Vaccination in Bombay 1869-1873 - 1869-1873
Year: 1869
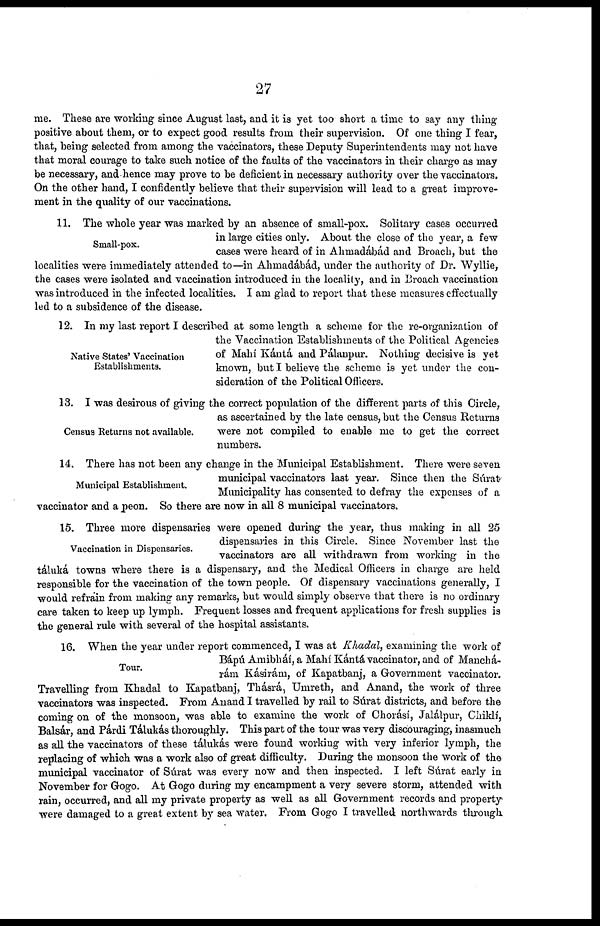
27
me. These are working since August last, and it is yet too short a time to say any thing-
positive about them, or to expect good results from their supervision. Of one thing I fear,
that, being selected from among the vaccinators, these Deputy Superintendents may not have
that moral courage to take such notice of the faults of the vaccinators in their charge as may
be necessary, and hence may prove to be deficient in necessary authority over the vaccinators.
On the other hand, I confidently believe that their supervision will lead to a great improve-
ment in the quality of our vaccinations.
Small-pox.
11. The whole year was marked by an absence of small-pox. Solitary cases occurred
in large cities only. About the close of the year, a few
cases were heard of in Ahmadábád and Broach, but the
localities were immediately attended to—in Ahmadábád, under the authority of Dr. Wyllie,
the cases were isolated and vaccination introduced in the locality, and in Broach vaccination
was introduced in the infected localities. I am glad to report that these measures effectually
led to a subsidence of the disease.
Native States' Vaccination
Establishments.
12. In my last report I described at some length a scheme for the re-organization of
the Vaccination Establishments of the Political Agencies
of Mahí Kántá and Pálanpur. Nothing decisive is yet
known, but I believe the scheme is yet under the con-
sideration of the Political Officers.
Census Returns not available.
13. I was desirous of giving the correct population of the different parts of this Circle,
as ascertained by the late census, but the Census Returns
were not compiled to enable me to get the correct
numbers.
Municipal Establishment.
14. There has not been any change in the Municipal Establishment. There were seven
municipal vaccinators last year. Since then the Súrat
Municipality has consented to defray the expenses of a
vaccinator and a peon. So there are now in all 8 municipal vaccinators.
Vaccination in Dispensaries.
15. Three more dispensaries were opened during the year, thus making in all 25
dispensaries in this Circle. Since November last the
vaccinators are all withdrawn from working in the
táluká towns where there is a dispensary, and the Medical Officers in charge are held
responsible for the vaccination of the town people. Of dispensary vaccinations generally, I
would refrain from making any remarks, but would simply observe that there is no ordinary
care taken to keep up lymph. Frequent losses and frequent applications for fresh supplies is
the general rule with several of the hospital assistants.
Tour.
16. When the year under report commenced, I was at Khadal, examining the work of
Bápú Amibhái, a Mahí Kántá vaccinator, and of Manchá-
rám Kásirám, of Kapatbanj, a Government vaccinator.
Travelling from Khadal to Kapatbanj, Thásrá, Umreth, and Anand, the work of three
vaccinators was inspected. From Anand I travelled by rail to Súrat districts, and before the
coming on of the monsoon, was able to examine the work of Chorásí, Jalálpur, Chiklí,
Balsár, and Párdi Tálukás thoroughly. This part of the tour was very discouraging, inasmuch
as all the vaccinators of these tálukás were found working with very inferior lymph, the
replacing of which was a work also of great difficulty. During the monsoon the work of the
municipal vaccinator of Súrat was every now and then inspected. I left Súrat early in
November for Gogo. At Gogo during my encampment a very severe storm, attended with
rain, occurred, and all my private property as well as all Government records and property
were damaged to a great extent by sea water. From Gogo I travelled northwards through